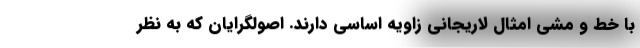
با خط و مشی امثال لاریجانی زاویه اساسی دارند. اصولگرایان که به نظر